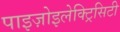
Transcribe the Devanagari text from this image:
पाइज़ोइलेक्ट्रिसिटी